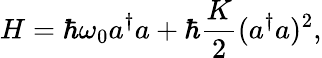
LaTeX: H=\hbar\omega_{0}a^{\dagger}a+\hbar\frac{K}{2}(a^{\dagger}a)^{2},